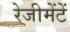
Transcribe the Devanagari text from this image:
रेजीमेंटें